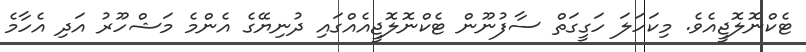
ޓެކްނޮލޮޖީއެވެ. މިކަހަލަ ހަގީގަތް ސާފުނޫން ޓެކްނޮލޮޖީއެއްގައި ދުނިޔޭގެ އެންމެ މަޝްހޫރު އަދި އެހާމެ